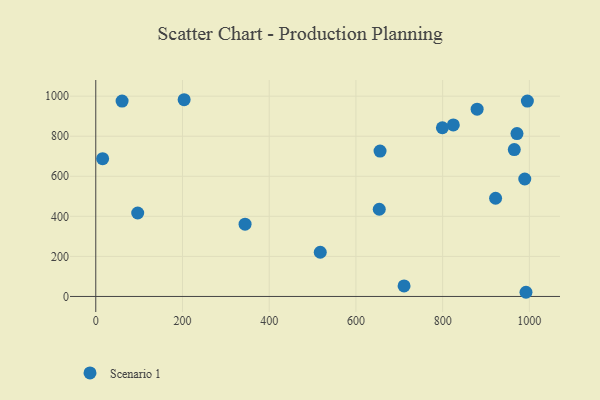
{"axis": {"x": "Ad Spend", "y": "Fuel Efficiency"}, "legend": ["Scenario 1"], "data": [{"x": "989.4", "y": 586.4, "type": "Scenario 1"}, {"x": "879.5", "y": 935.3, "type": "Scenario 1"}, {"x": "655.6", "y": 725.8, "type": "Scenario 1"}, {"x": "965.2", "y": 733.3, "type": "Scenario 1"}, {"x": "711.0", "y": 52.8, "type": "Scenario 1"}, {"x": "653.8", "y": 435.5, "type": "Scenario 1"}, {"x": "922.1", "y": 490.3, "type": "Scenario 1"}, {"x": "824.6", "y": 856.7, "type": "Scenario 1"}, {"x": "992.2", "y": 20.9, "type": "Scenario 1"}, {"x": "203.8", "y": 982.3, "type": "Scenario 1"}, {"x": "799.4", "y": 842.4, "type": "Scenario 1"}, {"x": "517.7", "y": 220.7, "type": "Scenario 1"}, {"x": "971.4", "y": 813.2, "type": "Scenario 1"}, {"x": "344.3", "y": 360.8, "type": "Scenario 1"}, {"x": "60.7", "y": 975.5, "type": "Scenario 1"}, {"x": "15.8", "y": 688.1, "type": "Scenario 1"}, {"x": "995.4", "y": 975.7, "type": "Scenario 1"}, {"x": "96.7", "y": 416.8, "type": "Scenario 1"}]}